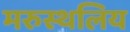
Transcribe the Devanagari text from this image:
मरुस्थलिय